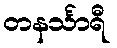
တနင်္သာရီ